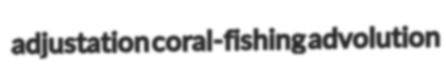
adjustation coral-fishing advolution